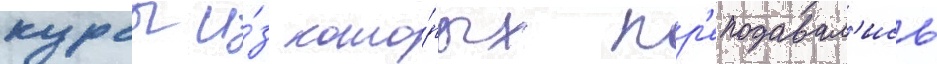
курсы и́з кото́рых пр'еподавал'ись